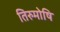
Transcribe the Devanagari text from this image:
तिरुमोषि